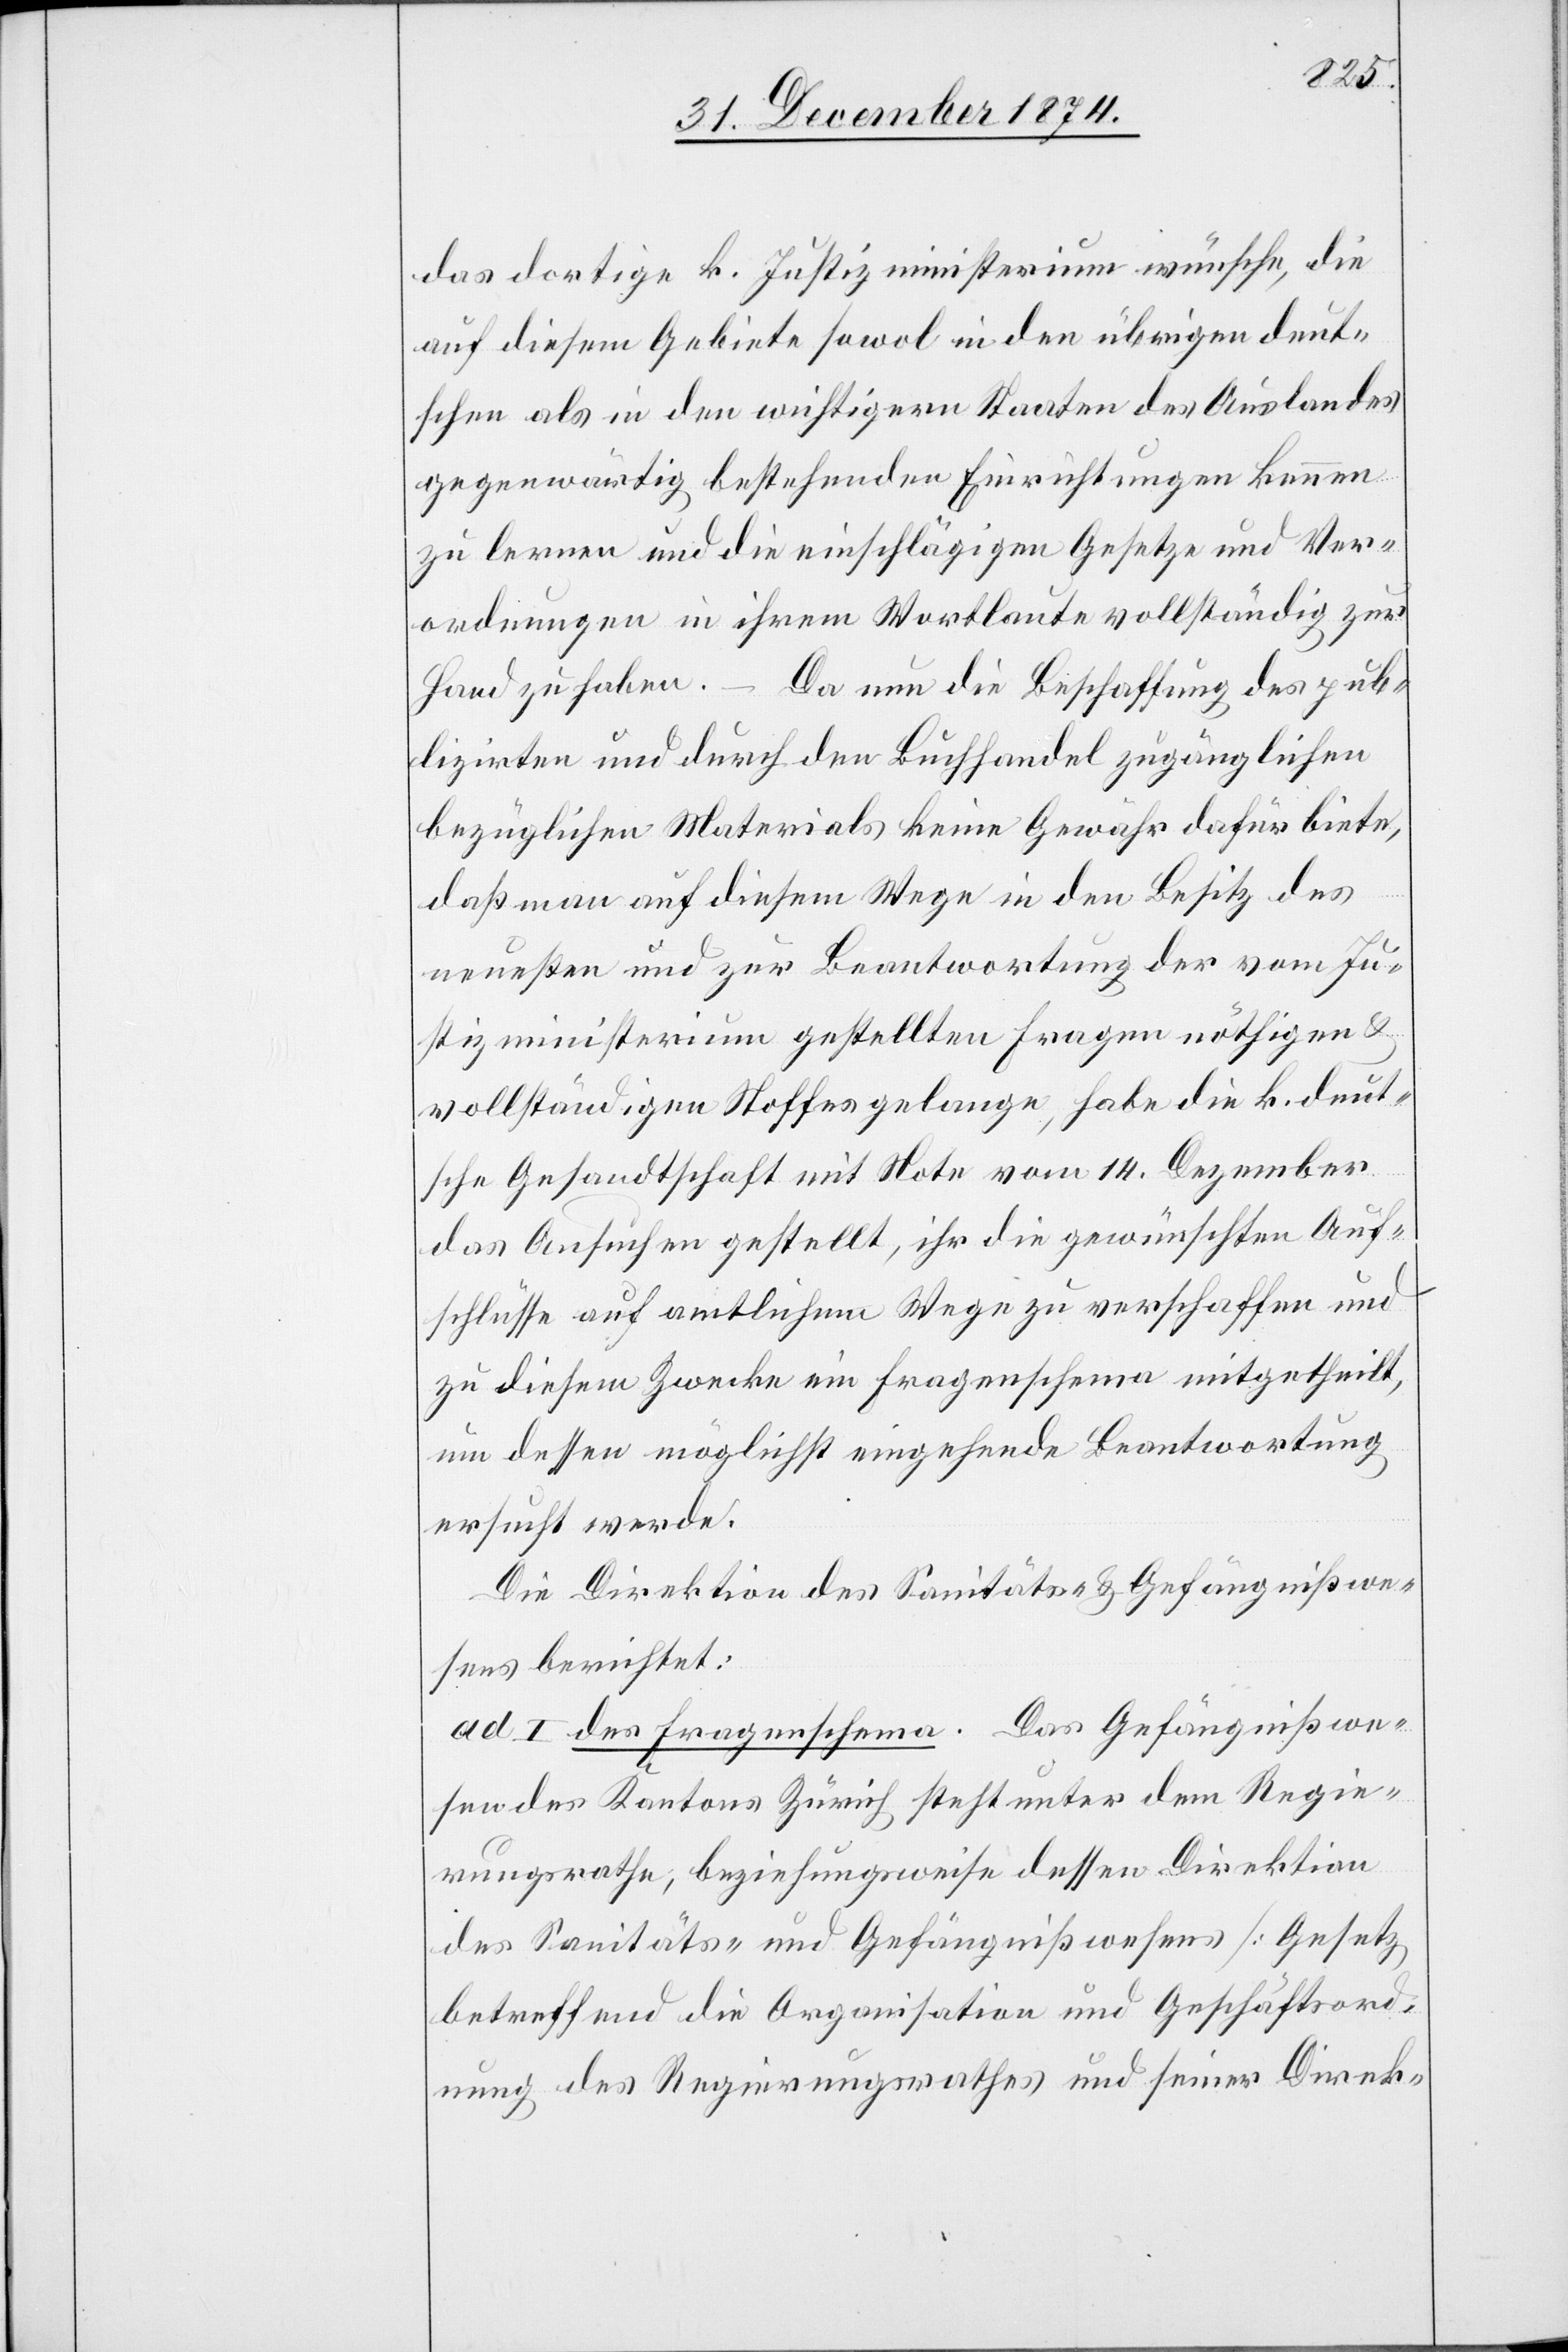
das dortige k. Justizministerium wünsche, die
auf diesem Gebiete sowol in den übrigen deut¬
schen als in den wichtigern Staaten des Auslandes
gegenwärtig bestehenden Einrichtungen kennen
zu lernen und die einschlägigen Gesetze und Ver¬
ordnungen in ihrem Wortlaute vollständig zur
Hand zu haben. – Da nun die Beschaffung des pub¬
lizirten und durch den Buchhandel zugänglichen
bezüglichen Materials keine Gewähr dafür biete,
daß man auf diesem Wege in den Besitz des
neuesten und zur Beantwortung der vom Ju¬
stizministerium gestellten Fragen nöthigen &
vollständigen Stoffes gelange, habe die k. deut¬
sche Gesandtschaft mit Note vom 14. Dezember
das Ansuchen gestellt, ihr die gewünschten Auf¬
schlüsse auf amtlichem Wege zu verschaffen und
zu diesem Zwecke ein Fragenschema mitgetheilt,
um dessen möglichst eingehende Beantwortung
ersucht werde.
Die Direktion des Sanitäts- & Gefängnißwe¬
sens berichtet:
ad. I. des Fragenschema[s]. Das Gefängnißwe¬
sen des Kantons Zürich steht unter dem Regie¬
rungsrathe, beziehungsweise dessen Direktion
des Sanitäts- und Gefängnißwesens [Gesetz
betreffend die Organisation und Geschäftsord¬
nung des Regierungsrathes und seiner Direk-